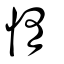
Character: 惰